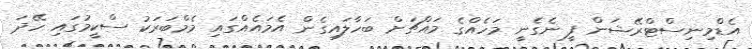
އެޑްމިނިސްޓްރޭޝަން ފީ ނެގެނީ މަހެއްގެ މައްޗަށް ބަހާލައިގެން އެމައެއްގައި މެމްބަރަކު ސްކީމުގައި ހޭދަ